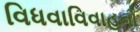
વિધવાવિવાહનો